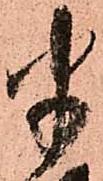
半